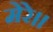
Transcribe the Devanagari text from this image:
मेरे।।